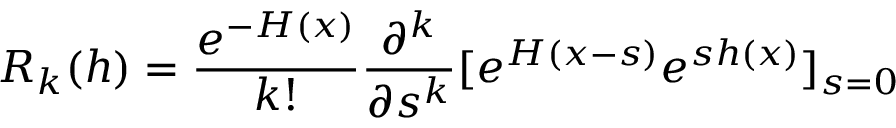
R _ { k } ( h ) = { \frac { e ^ { - H ( x ) } } { k ! } } { \frac { \partial ^ { k } } { \partial s ^ { k } } } \mathrm { \large [ } e ^ { H ( x - s ) } e ^ { s h ( x ) } \mathrm { \large ] } _ { s = 0 }